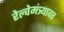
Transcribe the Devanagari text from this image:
रेल्वेमंत्र्यावर